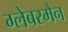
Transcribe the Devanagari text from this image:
ग्लेबरमैन